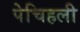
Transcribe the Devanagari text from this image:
पेचिहली